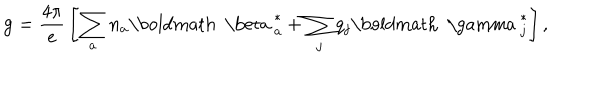
{ \bf g } = { \frac { 4 \pi } { e } } \left[ \sum _ { a } n _ { a } { \mathrm { \boldmath ~ \ b e t a ~ } } _ { a } ^ { * } + \sum _ { j } q _ { j } { \mathrm { \boldmath ~ \ g a m m a ~ } } _ { j } ^ { * } \right] ,